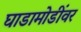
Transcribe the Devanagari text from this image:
घाडामोडींवर